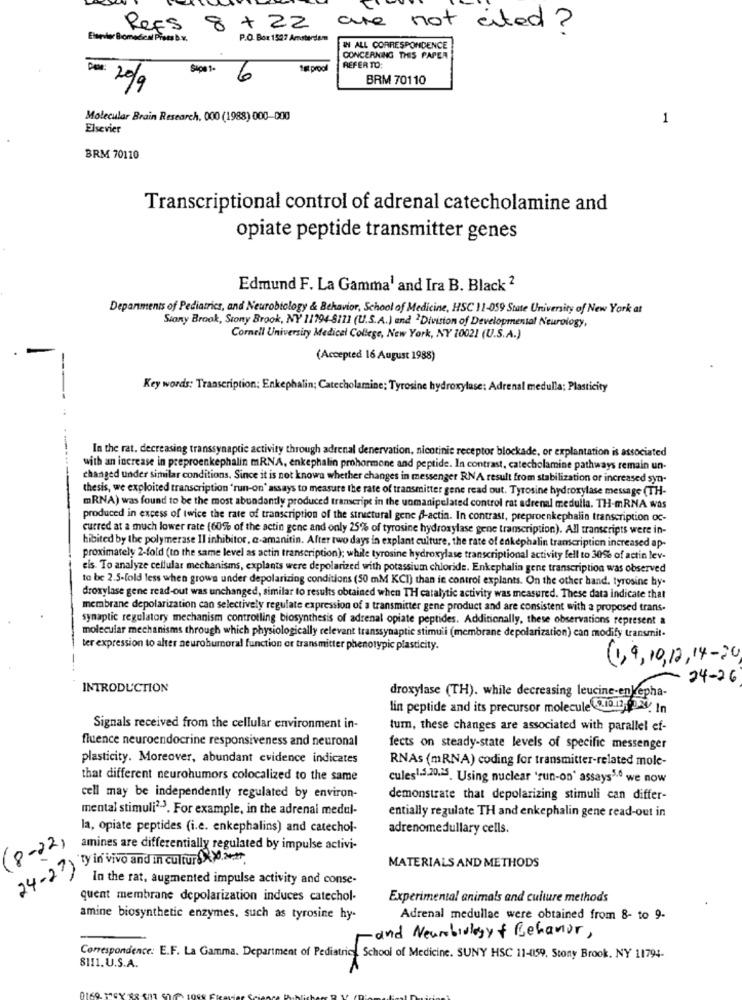
Refs
8+ 22
not cited ?
Elaevler Biomedical Prets B.V.
P.O. Box 1527 Amsterdam
IN ALL CORRESPONDENCE
CONCERNING THIS PAPER
Sipa 1-
stproal
REFER TO:
6
BRM 70110
20/9
Molecular Brain Research. 000 (1988) 000-000
1
Elsevier
BRM 70110
Transcriptional control of adrenal catecholamine and
opiate peptide transmitter genes
Edmund F. La Gamma1 and Ira B. Black 2
Depanments of Pediatrics, and Neurobiology & Behavior, School of Medicine, HSC 11-059 State University of New York at
Stony Brook, Stony Brook, NY 11794-8111 (U.S.A.) and ' Division of Developmental Neurology,
Cornell University Medical College, New York, NY 10021 (U.S.A.)
(Accepted 16 August 1988)
Key words: Transcription; Enkephalin; Catecholamine; Tyrosine hydroxylase; Adrenal medulla; Plasticity
In the rat. decreasing transsynaptic activity through adrenal denervation, nicotinic receptor blockade, or explantation is associated
with an increase in preproenkephalin mRNA, enkephalin prohormone and peptide. In contrast, catecholamine pathways remain un-
changed under similar conditions. Since it is not know whether changes in messenger RNA result from stabilization or increased syn-
thesis, we exploited transcription "run-on' assays to measure the rate of transmitter gene read out. Tyrosine hydroxylase message (TH-
mRNA) was found to be the most abundantly produced transcript in the uomanipulated control rat adrenal medulla. TH-mRNA was
produced in excess of twice the rate of transcription of the structural gene B-actin. In contrast, preproenkephalin transcription oc-
curred at a much lower rate (60% of the actin gene and only 25% of tyrosine hydroxylase gene transcription). All transcripts were in-
hibited by the polymerase Il inhibitor, a-amanitin. After two days in explant culture, the rate of enkephalin transcription increased ap-
proximately 2-fold (to the same level as actin transcription); while tyrosine hydroxylase transcriptional activity fell to 30% of actin lev-
eis. To analyze cellular mechanisms, explants were depolarized with potassium chloride. Enkephalia gene transcription was observed
to be 2.5-fold less when grows under depolarizing conditions (50 mM KCI) than in control explants. On the other hand, tyrosine by-
droxylase gene read-out was unchanged, similar to results obtained when TH catalytic activity was measured. These data indicate that
membrane depolarization can selectively regulate expression of a transmitter gene product and are consistent with a proposed trans-
synaptic regulatory mechanism controlling biosynthesis of adrenal opiate peptides. Additionally, these observations represent a
molecular mechanisms through which physiologically relevant transsynaptic stimuli (membrane depolarization) can modify transmit-
ter expression to alter neurohumoral function or transmitter phenotypic plasticity.
(1,9, 10, 12, 14- 30
24-26
INTRODUCTION
droxylase (TH). while decreasing leucine-enkepha-
lin peptide and its precursor molecule 9.10.12.224. In
Signals received from the cellular environment in-
turn, these changes are associated with parallel ef-
fluence neuroendocrine responsiveness and neuronal
fects on steady-state levels of specific messenger
plasticity. Moreover, abundant evidence indicates
RNAs (mRNA) coding for transmitter-related mole-
that different neurohumors colocalized to the same
cules1-3-20.25. Using nuclear 'run-on' assays3.º we now
cell may be independently regulated by environ-
demonstrate that depolarizing stimuli can differ-
mental stimuli2-3. For example, in the adrenal medal-
entially regulate TH and enkephalin gene read-out in
la, opiate peptides (i.e. enkephalins) and catechol-
adrenomedullary cells.
(8-22)
amines are differentially regulated by impulse activi-
24-2) y in vivo and in culture><>.>.
MATERIALS AND METHODS
In the rat, augmented impulse activity and conse-
quent membrane depolarization induces catechol-
Experimental animals and culture methods
amine biosynthetic enzymes, such as tyrosine hy-
Adrenal medullac were obtained from 8- to 9-
- and Neurobiology of Behavior,
Correspondence: E.F. La Gamma. Department of Pediatric School of Medicine. SUNY HSC 11-0159, Stony Brook. NY 11794-
8111.U.S.A.